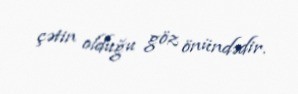
çətin olduğu göz önündədir.